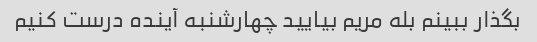
بگذار ببینم بله مریم بیایید چهارشنبه آینده درست کنیم